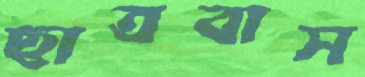
ছাত্রবাস